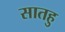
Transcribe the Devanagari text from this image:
सातहु